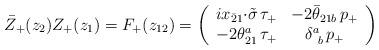
LaTeX: \begin{align*}\bar{Z}_{+}(z_{2})Z_{+}(z_{1})=F_{+}(z_{12})=\left(\begin{array}{cc}ix_{\bar{2}1}{\cdot\tilde{\sigma}}\,\tau_{+}&-2\bar{\theta}_{21b}\,p_{+}\\-2\theta^{a}_{21}\,\tau_{+}&\delta^{a}_{~b}\,p_{+} \end{array}\right)\end{align*}